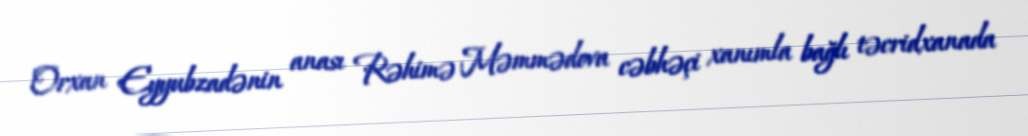
Orxan Eyyubzadənin anası Rəhimə Məmmədova cəbhəçi xanımla bağlı təcridxanada